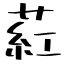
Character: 葒